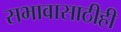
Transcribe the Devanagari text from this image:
सभावासाठीही